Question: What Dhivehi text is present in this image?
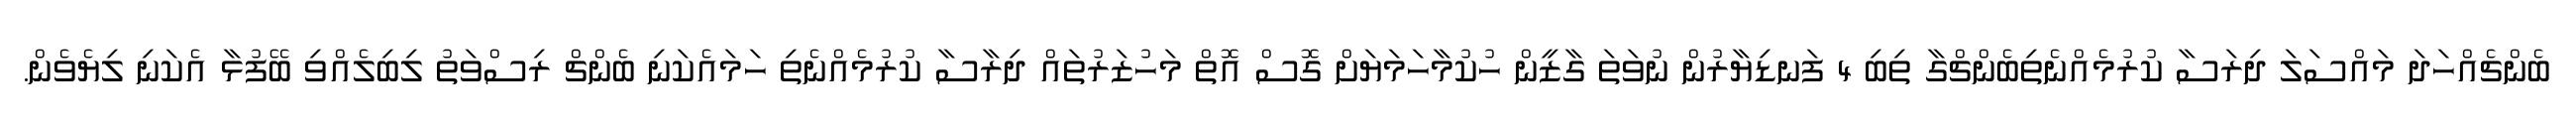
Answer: ބެންޗެއްހަދަ މައްސަލަ ދިރަސާ ކުރުމެއްނެތިބެންޗްގާ ތިބި 4 ފަނޑިޔާރުން ނުވަތަ ގާޒީން ހުކުމާހަމަޔަށް ގޮސް އޮތް މަހުޒަރުތައް ދިރާސާ ކުރުމެއްނެތި ހަމައެކަނި ބެންޗް ރިސްވަތު ލިބިލެއްވި ބޭފުޅާ އެކަނި ލިޔެވެން.